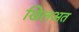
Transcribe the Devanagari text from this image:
खिलअत